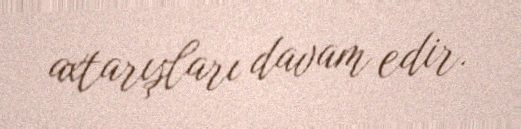
axtarışları davam edir.